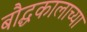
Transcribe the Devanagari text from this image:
बौद्धकालाच्या